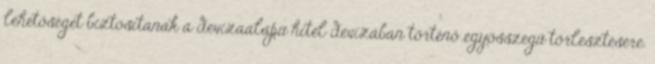
lehetőséget biztosítanak a devizaalapú hitel devizában történő egyösszegű törlesztésére.